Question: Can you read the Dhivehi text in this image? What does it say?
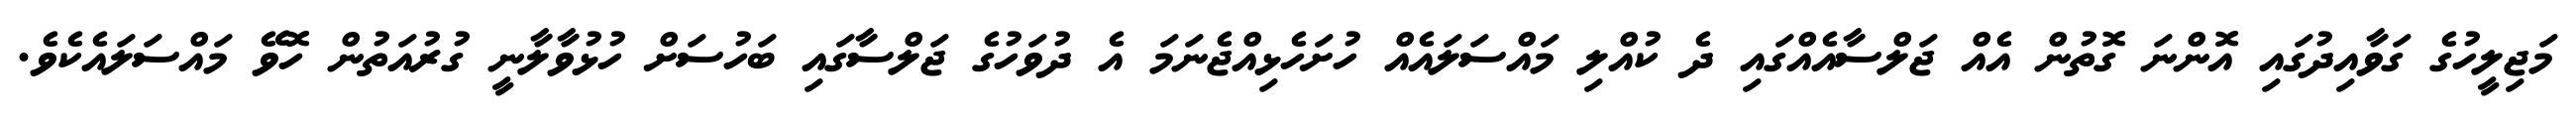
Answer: މަޖިލީހުގެ ގަވާއިދުގައި އޮންނަ ގޮތުން އެއް ޖަލްސާއެއްގައި ދެ ކުއްލި މައްސަލައެއް ހުށަހެޅިއްޖެނަމަ އެ ދުވަހުގެ ޖަލްސާގައި ބަހުސަށް ހުޅުވާލާނީ ގުރުއަތުން ހޮވޭ މައްސަލައެކެވެ.